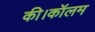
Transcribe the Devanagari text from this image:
की।कॉलम